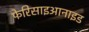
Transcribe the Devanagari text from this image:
फेरिसाइआनाइड